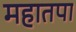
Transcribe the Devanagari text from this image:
महातपा